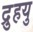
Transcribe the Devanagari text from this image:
द्रुुहयु